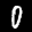
Label: 0